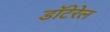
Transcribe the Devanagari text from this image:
डॉटेरेल